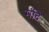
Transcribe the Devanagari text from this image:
मंदि